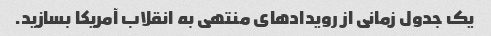
یک جدول زمانی از رویدادهای منتهی به انقلاب آمریکا بسازید.